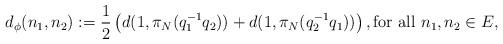
LaTeX: \begin{align*}d_\phi(n_1, n_2):= \frac 1 2 \left( d(1, \pi_ N (q_1^{-1} q_2)) + d(1, \pi_ N (q_2^{-1} q_1)) \right), \mbox{for all } n_1, n_2 \in E,\end{align*}